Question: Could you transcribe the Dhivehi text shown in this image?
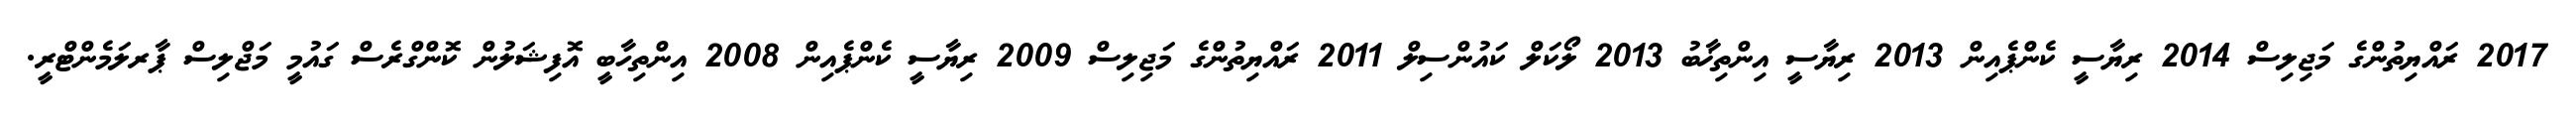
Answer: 2017 ރައްޔިތުންގެ މަޖިލިސް 2014 ރިޔާސީ ކެންޕެއިން 2013 ރިޔާސީ އިންތިޚާބު 2013 ލޯކަލް ކައުންސިލް 2011 ރައްޔިތުންގެ މަޖިލިސް 2009 ރިޔާސީ ކެންޕެއިން 2008 އިންތިހާބީ އޮފިޝަލުން ކޮންގްރެސް ގައުމީ މަޖްލިސް ޕާރލަމެންޓްރީ.